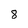
Character: 8